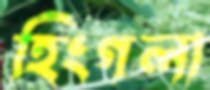
হিংগলা